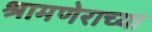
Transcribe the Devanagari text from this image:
श्रामणेराच्या